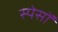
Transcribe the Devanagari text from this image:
स्पेसों